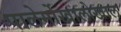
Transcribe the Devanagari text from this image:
पालेर्मोखालोखाल